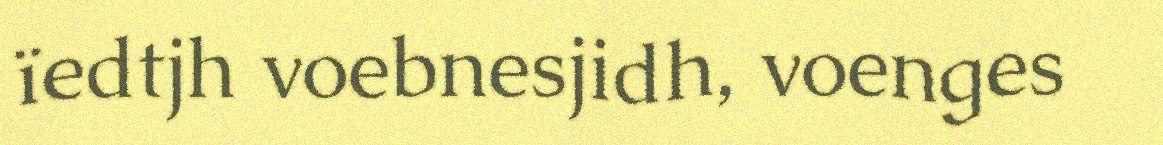
ïedtjh voebnesjidh, voenges